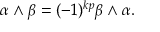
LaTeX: \alpha \wedge \beta = ( - 1 ) ^ { k p } \beta \wedge \alpha .